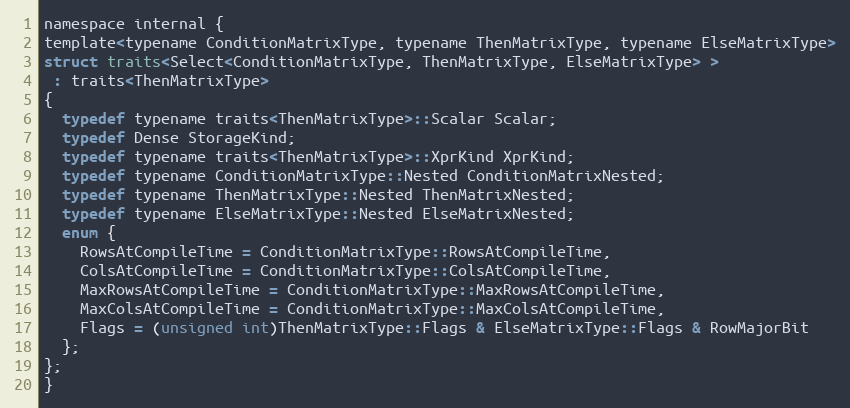
Language: C
namespace internal {
template<typename ConditionMatrixType, typename ThenMatrixType, typename ElseMatrixType>
struct traits<Select<ConditionMatrixType, ThenMatrixType, ElseMatrixType> >
 : traits<ThenMatrixType>
{
  typedef typename traits<ThenMatrixType>::Scalar Scalar;
  typedef Dense StorageKind;
  typedef typename traits<ThenMatrixType>::XprKind XprKind;
  typedef typename ConditionMatrixType::Nested ConditionMatrixNested;
  typedef typename ThenMatrixType::Nested ThenMatrixNested;
  typedef typename ElseMatrixType::Nested ElseMatrixNested;
  enum {
    RowsAtCompileTime = ConditionMatrixType::RowsAtCompileTime,
    ColsAtCompileTime = ConditionMatrixType::ColsAtCompileTime,
    MaxRowsAtCompileTime = ConditionMatrixType::MaxRowsAtCompileTime,
    MaxColsAtCompileTime = ConditionMatrixType::MaxColsAtCompileTime,
    Flags = (unsigned int)ThenMatrixType::Flags & ElseMatrixType::Flags & RowMajorBit
  };
};
}